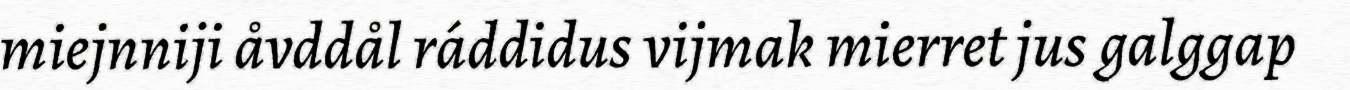
miejnniji åvddål ráddidus vijmak mierret jus galggap